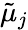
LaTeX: {\tilde{\mu}_{j}}